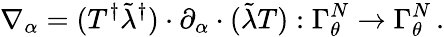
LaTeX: \nabla_{\alpha}=(T^{\dagger}\tilde{\lambda}^{\dagger})\cdot\partial_{\alpha}\cdot(\tilde{\lambda}T):\Gamma_{\theta}^{N}\to\Gamma_{\theta}^{N}\, .